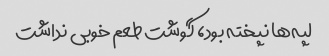
لپه‌ها نپخته بود، گوشت طعم خوبی نداشت